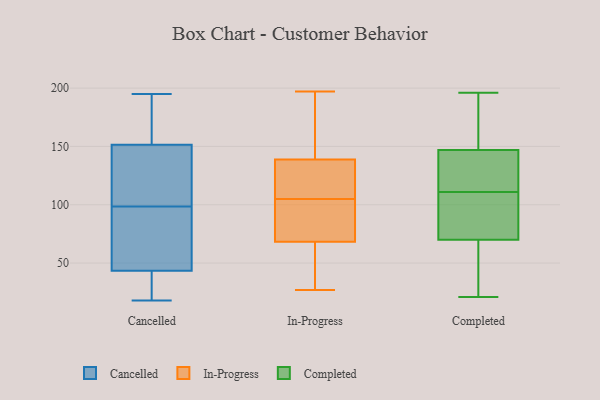
{"axis": {"x": "Satisfaction Score", "y": "Value"}, "legend": ["Cancelled", "Completed", "In-Progress"], "data": [{"x": "", "y": 28, "type": "Cancelled"}, {"x": "", "y": 22, "type": "Cancelled"}, {"x": "", "y": 143, "type": "Cancelled"}, {"x": "", "y": 18, "type": "Cancelled"}, {"x": "", "y": 160, "type": "Cancelled"}, {"x": "", "y": 124, "type": "Cancelled"}, {"x": "", "y": 91, "type": "Cancelled"}, {"x": "", "y": 65, "type": "Cancelled"}, {"x": "", "y": 125, "type": "Cancelled"}, {"x": "", "y": 54, "type": "Cancelled"}, {"x": "", "y": 33, "type": "Cancelled"}, {"x": "", "y": 175, "type": "Cancelled"}, {"x": "", "y": 192, "type": "Cancelled"}, {"x": "", "y": 64, "type": "Cancelled"}, {"x": "", "y": 195, "type": "Cancelled"}, {"x": "", "y": 106, "type": "Cancelled"}, {"x": "", "y": 52, "type": "In-Progress"}, {"x": "", "y": 86, "type": "In-Progress"}, {"x": "", "y": 62, "type": "In-Progress"}, {"x": "", "y": 143, "type": "In-Progress"}, {"x": "", "y": 167, "type": "In-Progress"}, {"x": "", "y": 197, "type": "In-Progress"}, {"x": "", "y": 80, "type": "In-Progress"}, {"x": "", "y": 27, "type": "In-Progress"}, {"x": "", "y": 91, "type": "In-Progress"}, {"x": "", "y": 162, "type": "In-Progress"}, {"x": "", "y": 141, "type": "In-Progress"}, {"x": "", "y": 38, "type": "In-Progress"}, {"x": "", "y": 65, "type": "In-Progress"}, {"x": "", "y": 78, "type": "In-Progress"}, {"x": "", "y": 109, "type": "In-Progress"}, {"x": "", "y": 130, "type": "In-Progress"}, {"x": "", "y": 106, "type": "In-Progress"}, {"x": "", "y": 132, "type": "In-Progress"}, {"x": "", "y": 105, "type": "In-Progress"}, {"x": "", "y": 82, "type": "Completed"}, {"x": "", "y": 118, "type": "Completed"}, {"x": "", "y": 169, "type": "Completed"}, {"x": "", "y": 147, "type": "Completed"}, {"x": "", "y": 162, "type": "Completed"}, {"x": "", "y": 196, "type": "Completed"}, {"x": "", "y": 105, "type": "Completed"}, {"x": "", "y": 85, "type": "Completed"}, {"x": "", "y": 92, "type": "Completed"}, {"x": "", "y": 55, "type": "Completed"}, {"x": "", "y": 21, "type": "Completed"}, {"x": "", "y": 144, "type": "Completed"}, {"x": "", "y": 168, "type": "Completed"}, {"x": "", "y": 117, "type": "Completed"}, {"x": "", "y": 24, "type": "Completed"}, {"x": "", "y": 130, "type": "Completed"}, {"x": "", "y": 70, "type": "Completed"}, {"x": "", "y": 70, "type": "Completed"}]}